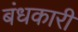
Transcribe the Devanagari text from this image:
बंधकारी